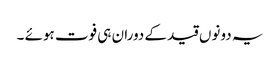
یہ دونوں قید کے دوران ہی فوت ہوئے ۔